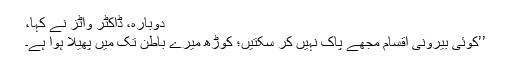
دوبارہ، ڈاکٹر واٹز نے کہا،
’’کوئی بیرونی اقسام مجھے پاک نہیں کر سکتیں؛ کوڑھ میرے باطن تک میں پھیلا ہوا ہے۔